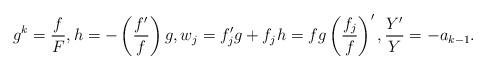
LaTeX: \begin{align*} g^k = \frac{f}{F}, h = - \left( \frac{f'}{f} \right) g, w_j = f_j' g + f_j h = fg \left( \frac{f_j}f \right)' , \frac{Y'}{Y} = - a_{k-1} . \end{align*}